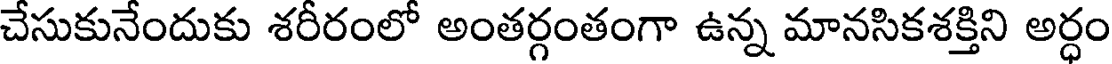
చేసుకునేందుకు శరీరంలో అంతర్గంతంగా ఉన్న మానసికశక్తిని అర్ధం